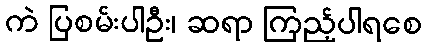
ကဲ ပြစမ်းပါဦး၊ ဆရာ ကြည့်ပါရစေ